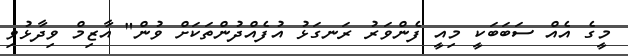
މީގެ އެއް ސަބަބަކީ މިއީ ފެންވަރު ރަނގަޅު އުފެއްދުންތަކަށް ވުން" އާޒިމް ވިދާޅުވި